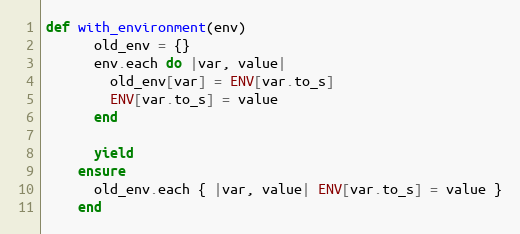
Language: Ruby
def with_environment(env)
      old_env = {}
      env.each do |var, value|
        old_env[var] = ENV[var.to_s]
        ENV[var.to_s] = value
      end

      yield
    ensure
      old_env.each { |var, value| ENV[var.to_s] = value }
    end